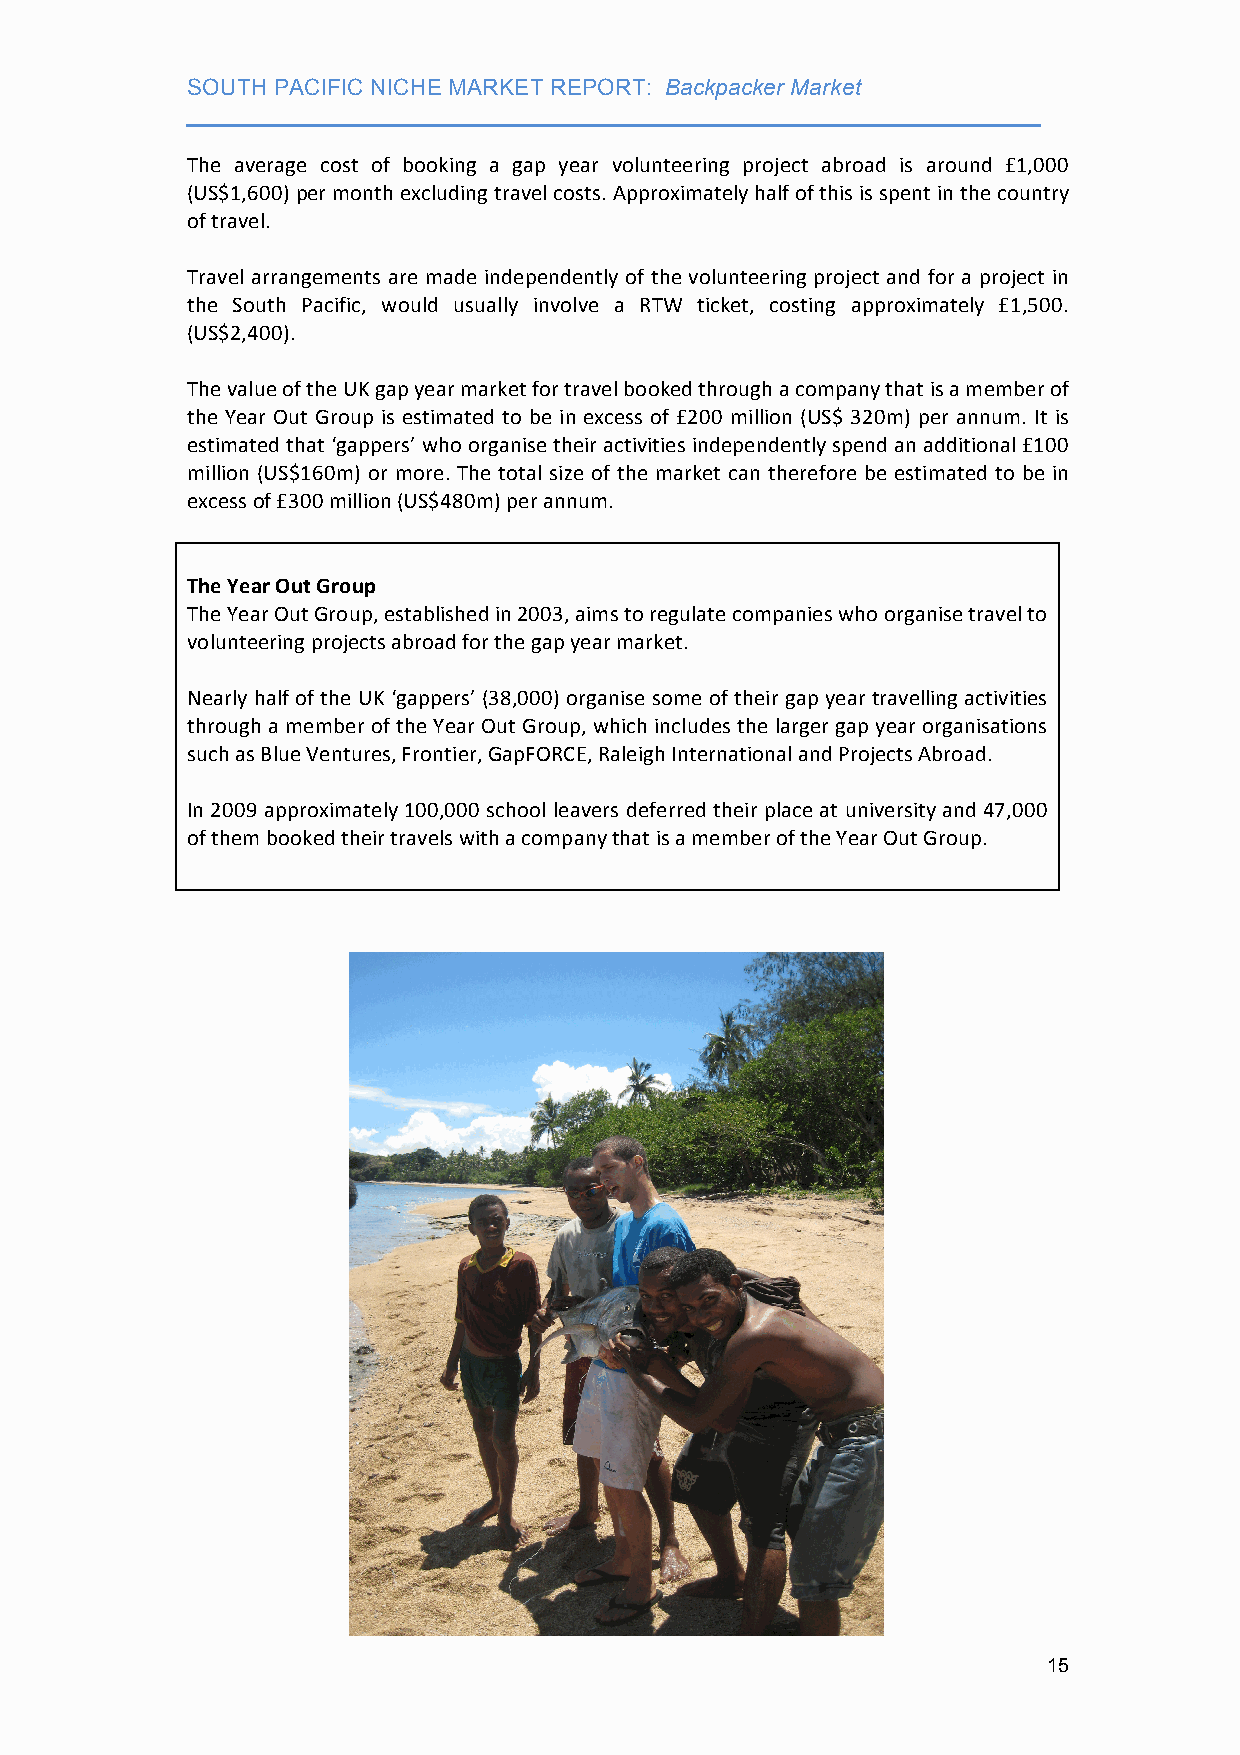
SOUTH PACIFIC NICHE MARKET REPORT: Backpacker Market
 ___________________________________________________________________
 The average cost of booking a gap year volunteering project abroad is around £1,000
 (US$1,600) per month excluding travel costs. Approximately half of this is spent in the country
 of travel.
 Travel arrangements are made independently of the volunteering project and for a project in
 the South Pacific, would usually involve a RTW ticket, costing approximately £1,500.
 (US$2,400).
 The value of the UK gap year market for travel booked through a company that is a member of
 the Year Out Group is estimated to be in excess of £200 million (US$ 320m) per annum. It is
 estimated that ‘gappers’ who organise their activities independently spend an additional £100
 million (US$160m) or more. The total size of the market can therefore be estimated to be in
 excess of £300 million (US$480m) per annum.
 The Year Out Group
 The Year Out Group, established in 2003, aims to regulate companies who organise travel to
 volunteering projects abroad for the gap year market.
 Nearly half of the UK ‘gappers’ (38,000) organise some of their gap year travelling activities
 through a member of the Year Out Group, which includes the larger gap year organisations
 such as Blue Ventures, Frontier, GapFORCE, Raleigh International and Projects Abroad.
 In 2009 approximately 100,000 school leavers deferred their place at university and 47,000
 of them booked their travels with a company that is a member of the Year Out Group.
 15